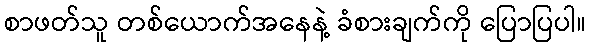
စာဖတ်သူ တစ်ယောက်အနေနဲ့ ခံစားချက်ကို ပြောပြပါ။